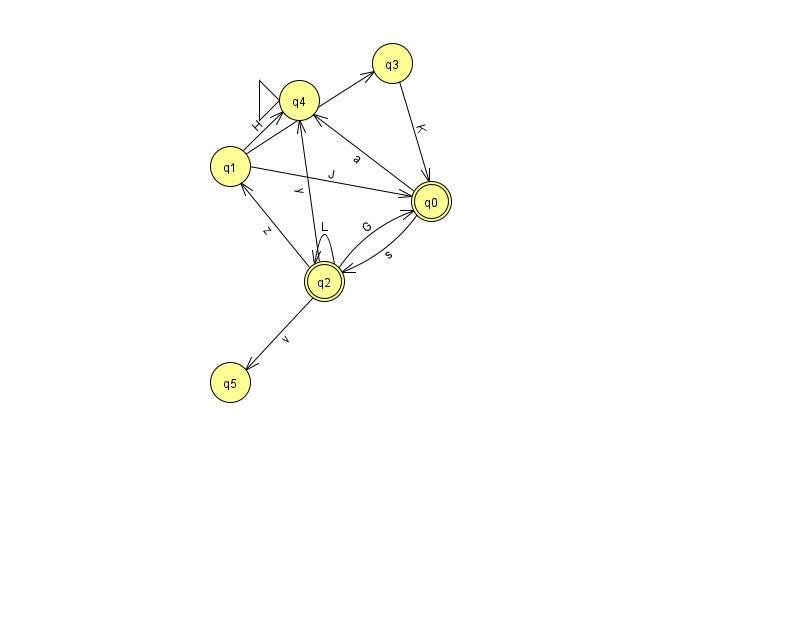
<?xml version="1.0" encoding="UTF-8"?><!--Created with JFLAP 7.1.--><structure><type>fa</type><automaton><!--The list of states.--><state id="0" name="q0"><x>431.0</x><y>188.0</y><final/></state><state id="1" name="q1"><x>230.0</x><y>153.0</y></state><state id="2" name="q2"><x>324.0</x><y>268.0</y><final/></state><state id="3" name="q3"><x>392.0</x><y>50.0</y></state><state id="4" name="q4"><x>299.0</x><y>87.0</y><initial/></state><state id="5" name="q5"><x>230.0</x><y>369.0</y></state><!--The list of transitions.--><transition><from>2</from><to>4</to><read>y</read></transition><transition><from>0</from><to>4</to><read>a</read></transition><transition><from>1</from><to>0</to><read>J</read></transition><transition><from>1</from><to>4</to><read>H</read></transition><transition><from>3</from><to>0</to><read>K</read></transition><transition><from>0</from><to>2</to><read>s</read></transition><transition><from>2</from><to>5</to><read>v</read></transition><transition><from>2</from><to>0</to><read>G</read></transition><transition><from>2</from><to>2</to><read>L</read></transition><transition><from>1</from><to>3</to><read>m</read></transition><transition><from>2</from><to>1</to><read>z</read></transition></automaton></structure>